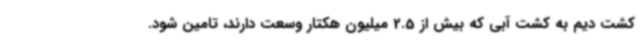
کشت دیم به کشت آبی که بیش از 2.5 میلیون هکتار وسعت دارند، تامین شود.